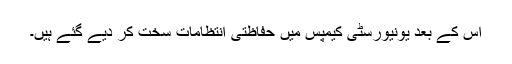
اس کے بعد یونیورسٹی کیمپس میں حفاظتی انتظامات سخت کر دیے گئے ہیں۔